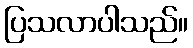
ပြသလာပါသည်။